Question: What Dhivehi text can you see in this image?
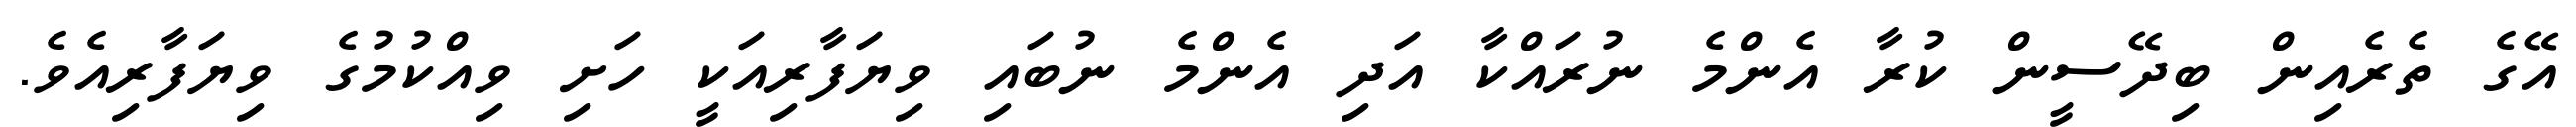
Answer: އޭގެ ތެރެއިން ބިދޭސީން ކުރާ އެންމެ ނުރައްކާ އަދި އެންމެ ނުބައި ވިޔަފާރިއަކީ ހަށި ވިއްކުމުގެ ވިޔަފާރިއެވެ.